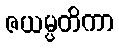
ဇယမ္ပတိကာ